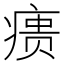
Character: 𰣶